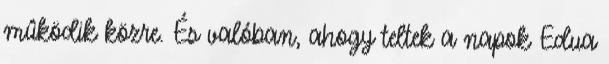
mûködik közre. És valóban, ahogy teltek a napok Edua